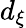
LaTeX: d_{\xi}